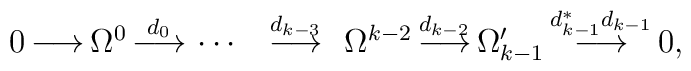
\begin{array}{ccccccccccccc} 0  \!\!\! & \! \stackrel{}{\longrightarrow} \!\!\! & \! \Omega^0 \!\!\! & \!\stackrel{d_0}{\longrightarrow} \!\!\! &  \cdots \!\!\! & \! &\stackrel{d_{k-3}}{\longrightarrow}& \!\Omega^{k-2} \!\!\! & \! \stackrel{d_{k-2}}{\longrightarrow} \!\!\! &\! \Omega_{k-1}' \!\!\! & \! \stackrel{d_{k-1}^*d_{k-1}}{\longrightarrow}\!\!\! & \! 0, \!\!\!&\end{array}